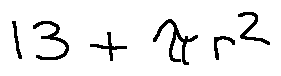
1 3 + \pi r ^ { 2 }